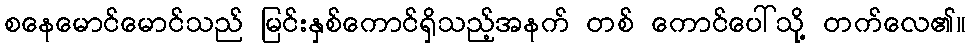
စနေမောင်မောင်သည် မြင်းနှစ်ကောင်ရှိသည့်အနက် တစ် ကောင်ပေါ်သို့ တက်လေ၏။